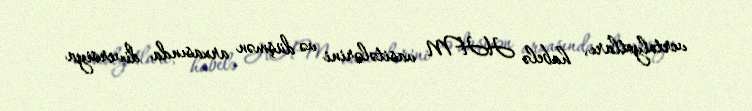
vertolyotları, habelə HHM vasitələrini və düşmən arxasında diversiya